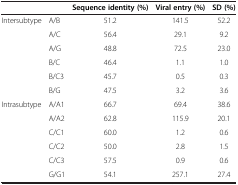
<table><thead><tr><td><b> </b></td><td><b> </b></td><td><b>Sequence identity (%)</b></td><td><b>Viral entry (%)</b></td><td><b>SD (%)</b></td></tr></thead><tbody><tr><td>Intersubtype</td><td>A/B</td><td>51.2</td><td>141.5</td><td>52.2</td></tr><tr><td> </td><td>A/C</td><td>56.4</td><td>29.1</td><td>9.2</td></tr><tr><td> </td><td>A/G</td><td>48.8</td><td>72.5</td><td>23.0</td></tr><tr><td> </td><td>B/C</td><td>46.4</td><td>1.1</td><td>1.0</td></tr><tr><td> </td><td>B/C3</td><td>45.7</td><td>0.5</td><td>0.3</td></tr><tr><td> </td><td>B/G</td><td>47.5</td><td>3.2</td><td>3.6</td></tr><tr><td>Intrasubtype</td><td>A/A1</td><td>66.7</td><td>69.4</td><td>38.6</td></tr><tr><td> </td><td>A/A2</td><td>62.8</td><td>115.9</td><td>20.1</td></tr><tr><td> </td><td>C/C1</td><td>60.0</td><td>1.2</td><td>0.6</td></tr><tr><td> </td><td>C/C2</td><td>50.0</td><td>2.8</td><td>1.5</td></tr><tr><td> </td><td>C/C3</td><td>57.5</td><td>0.9</td><td>0.6</td></tr><tr><td> </td><td>G/G1</td><td>54.1</td><td>257.1</td><td>27.4</td></tr></tbody></table>